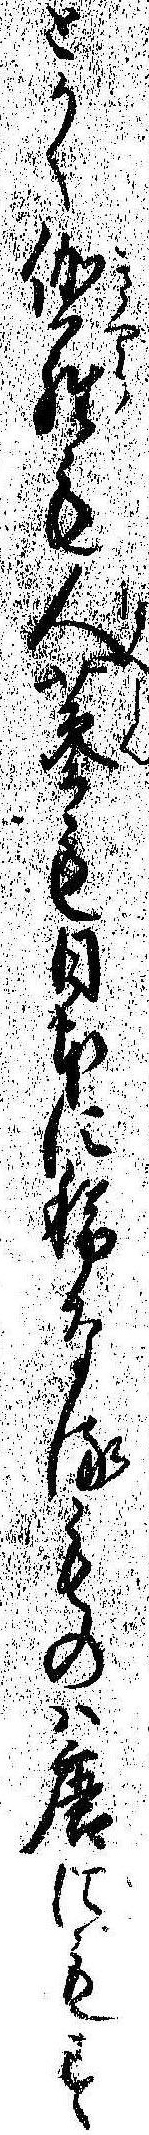
とかく伽羅も人蔘も日本に稀なるものは唐にもす